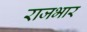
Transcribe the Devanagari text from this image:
राजभार